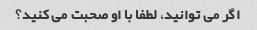
اگر می توانید، لطفا با او صحبت می کنید؟